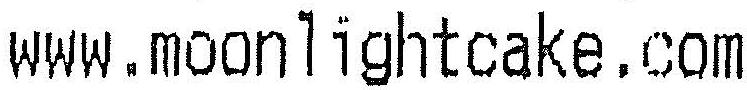
WWW.MOONLIGHTCAKE.COM